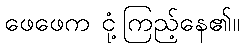
ဖေဖေက ငုံ့ကြည့်နေ၏။